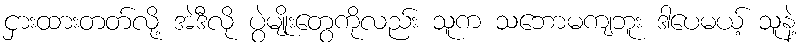
ငှားထားတတ်လို့ အဲဒီလို ပွဲမျိုးတွေကိုလည်း သူက သဘောမကျဘူး ဒါပေမယ့် သူနဲ့